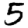
Digit: 5